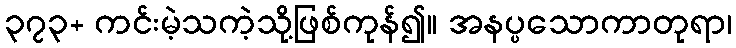
၃၇၃+ ကင်းမဲ့သကဲ့သို့ဖြစ်ကုန်၍။ အနပ္ပသောကာတုရာ၊